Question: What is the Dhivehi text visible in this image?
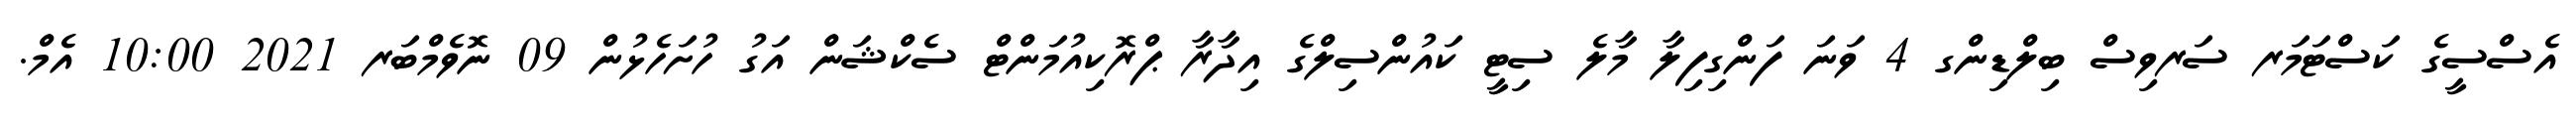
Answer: އެސްސީގެ ކަސްޓަމަރ ސަރވިސް ބިލްޑިންގ 4 ވަނަ ފަންގިފިލާ މާލެ ސިޓީ ކައުންސިލްގެ އިދާރާ ޕްރޮކިއުމަންޓް ސެކްޝަން އަގު ހުށަހެޅުން 09 ނޮވެމްބަރ 2021 10:00 އެމް.